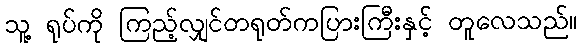
သူ့ ရုပ်ကို ကြည့်လျှင်တရုတ်ကပြားကြီးနှင့် တူလေသည်။